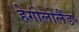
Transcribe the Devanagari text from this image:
हेगोलोलैंड